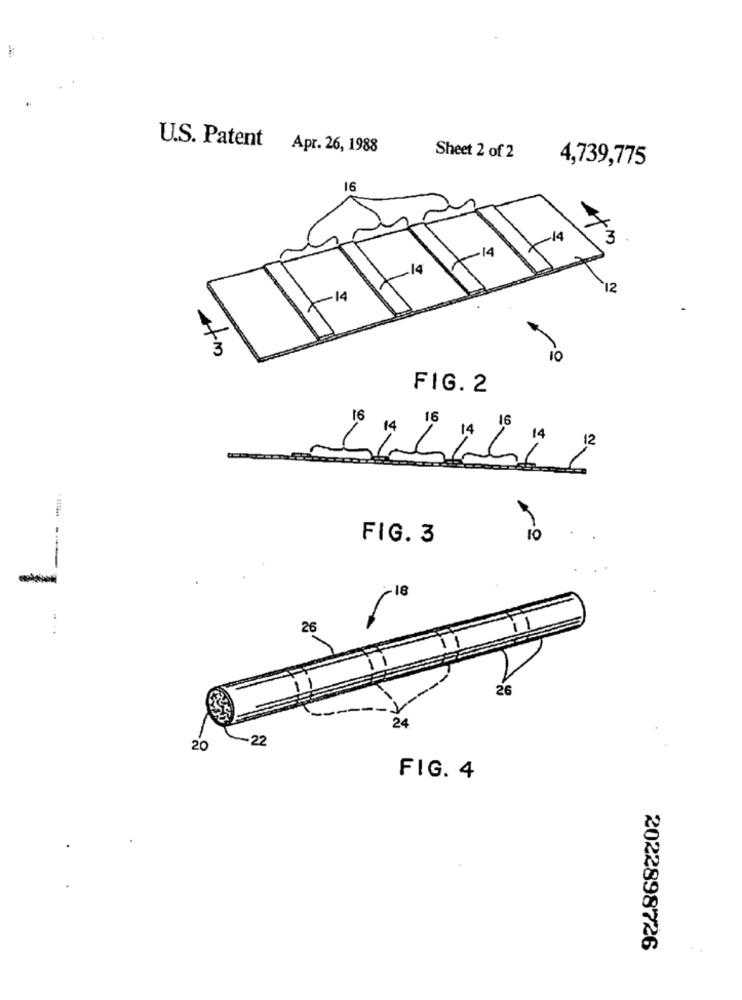
U.S. Patent Apr. 26, 1988
Sheet 2 of 2
4,739,775
16
4+3
12
-14
4+m
10
FIG. 2
FIG. 3
18
26
1 ---
26
24
~22
20
FIG. 4
2022898726